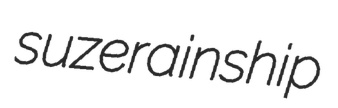
suzerainship